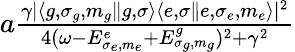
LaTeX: \begin{array}{r}{a\frac{\gamma|\langle g,\sigma_{g},m_{g}\Vert{g,\sigma}\rangle\langle{e,\sigma}\Vert e,\sigma_{e},m_{e}\rangle|^{2}}{4(\omega-E_{\sigma_{e},m_{e}}^{e}+E_{\sigma_{g},m_{g}}^{g})^{2}+\gamma^{2}}}\end{array}